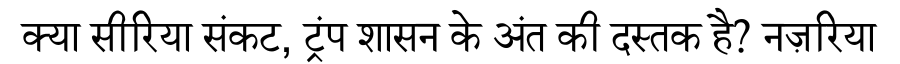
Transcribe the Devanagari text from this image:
क्या सीरिया संकट, ट्रंप शासन के अंत की दस्तक है? नज़रिया